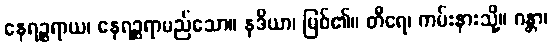
နေရဉ္စရာယ၊ နေရဉ္စရာမည်သော။ နဒိယာ၊ မြစ်၏။ တီရေ၊ ကမ်းနားသို့။ ဂန္တာ၊